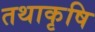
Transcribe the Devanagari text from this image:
तथाकृषि